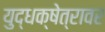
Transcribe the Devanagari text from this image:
युद्धक्षेत्रावर